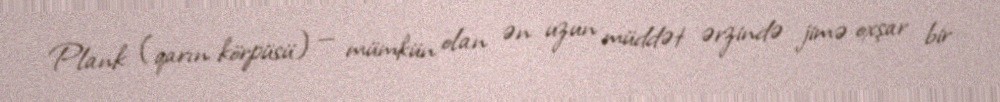
Plank (qarın körpüsü) — mümkün olan ən uzun müddət ərzində jimə oxşar bir